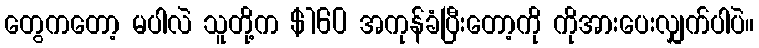
တွေကတော့ မပါလဲ သူတို့က $160 အကုန်ခံပြီးတော့ကို ကိုအားပေးလျှက်ပါပဲ။